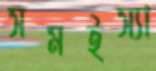
সমইস্যা